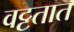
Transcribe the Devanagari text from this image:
वट्टतात